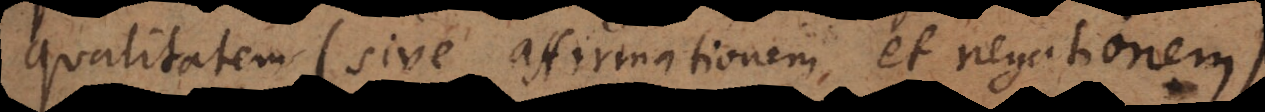
qualitatem (sive affirmationem et negationem)